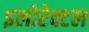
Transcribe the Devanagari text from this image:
इलोरेक्टल